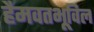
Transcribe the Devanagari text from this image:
हैमवतभूविल